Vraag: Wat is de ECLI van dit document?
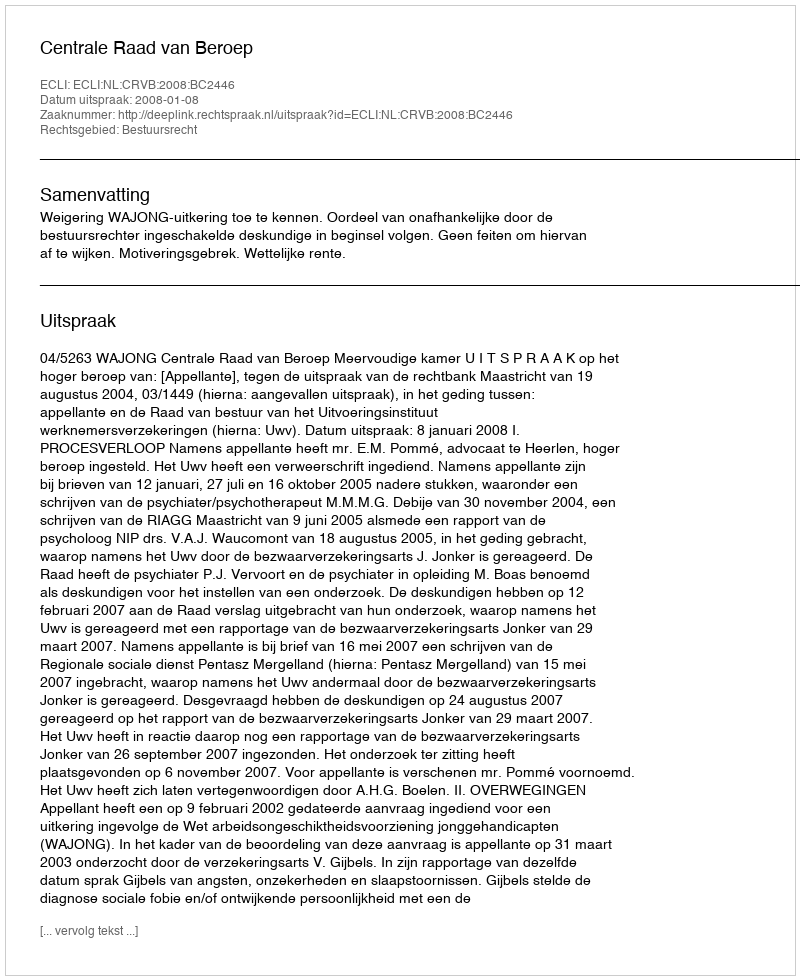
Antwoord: ECLI:NL:CRVB:2008:BC2446